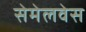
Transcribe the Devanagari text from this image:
सेमेलवेस